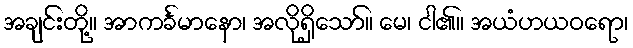
အချင်းတို့။ အာကင်္ခမာနော၊ အလိုရှိသော်။ မေ၊ ငါ၏။ အယံဟယဝရော၊